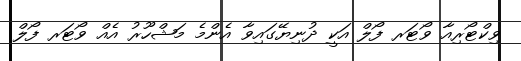
ވިކްޓޯރިއާ ވޯޓަރ ފޯލް އަކީ ދުނިޔޭގައިވާ އެންމެ މަޝްހޫރު އެއް ވޯޓަރ ފޯލް